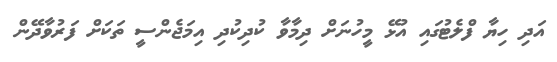
އަދި ހިޔާ ފްލެޓުގައި އުޅޭ މީހުނަށް ދިމާވާ ކުދިކުދި އިމަޖެންސީ ތަކަށް ފަރުވާދޭން